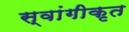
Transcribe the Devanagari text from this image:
स्वांगीकृत